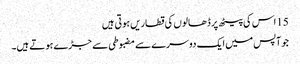
15 اس کی پیٹھ پر ڈھالو ں کی قطاریں ہو تی ہیں
جو آپس میں ایک دوسرے سے مضبوطی سے جڑے ہو تے ہیں۔